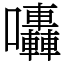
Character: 𡆀